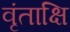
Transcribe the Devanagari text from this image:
वृंताक्षि